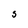
Character: S